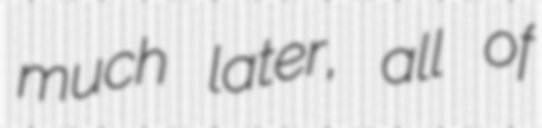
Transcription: much later, all of